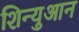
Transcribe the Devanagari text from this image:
शिन्युआन